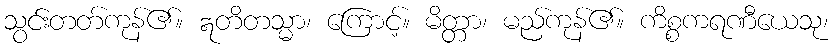
သွင်းတတ်ကုန်၏။ ဣတိတသ္မာ၊ ကြောင့်။ မိတ္တာ၊ မည်ကုန်၏။ ကိစ္စကရဏီယေသု၊